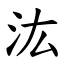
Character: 汯